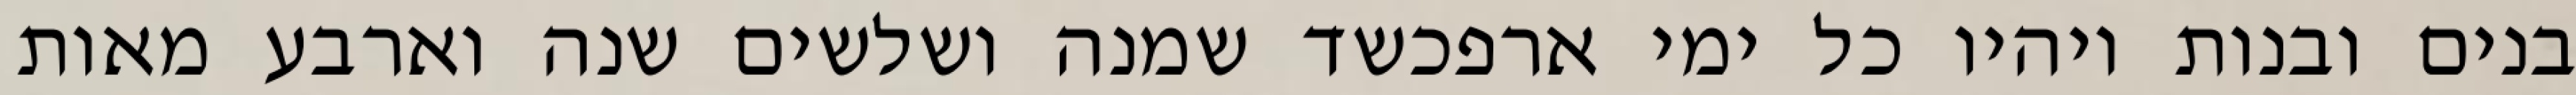
בנים ובנות ויהיו כל ימי ארפכשד שמנה ושלשים שנה וארבע מאות